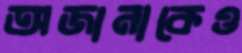
অজানাকেও